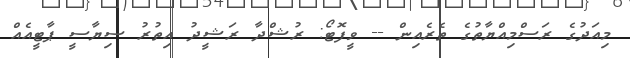
މިއަދުގެ ރަސްމިއްޔާތުގެ ތެރެއިން -- ވީފޮޓޯ: ރުޝްދާ ރަޝީދު އިތުރު ސިޔާސީ ޕާޓީއެއް